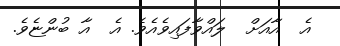
އެ  އާއަށް  ލައްވާފައިވެއެވެ. އެ  އާ ބުންޏެވެ.